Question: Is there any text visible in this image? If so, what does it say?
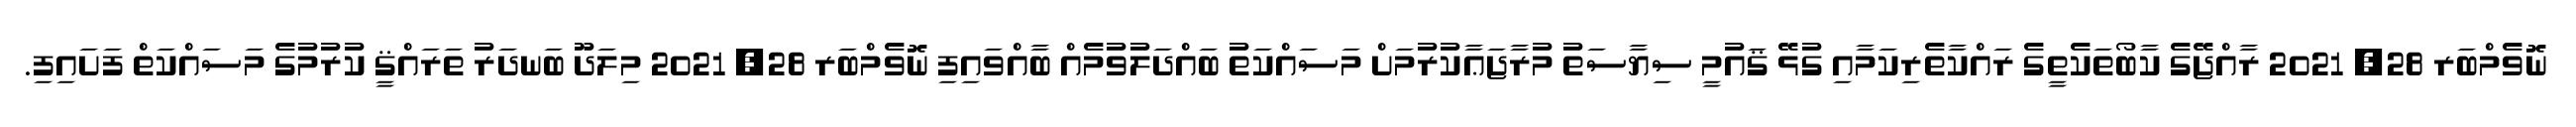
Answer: ނޮވެމްބަރ 28, 2021 ރާއްޖޭގެ ކާބޯތަކެތީގެ ރައްކާތެރިކަމާއި ގުޅޭ ޤައުމީ ސިޔާސަތު މުރާޖަޢާކުރުމަށް މަސައްކަތު ބައްދަލުވުމެއް ބާއްވައިފި ނޮވެމްބަރ 28, 2021 މިލަދޫ ބަނދަރު ތަރައްޤީ ކުރުމުގެ މަސައްކަތް ފަށައިފި.